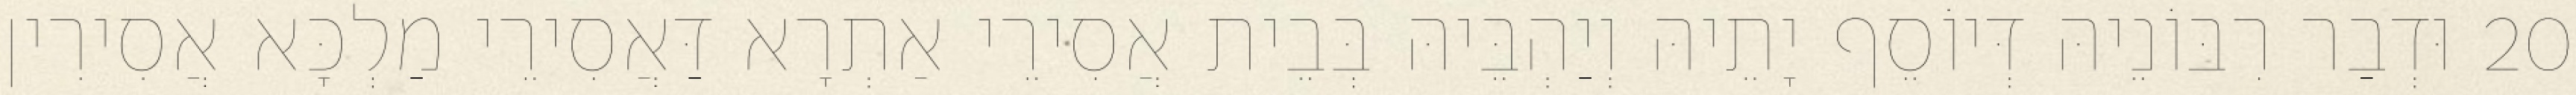
20 וּדְבַר רִבּוֹנֵיהּ דְּיוֹסֵף יָתֵיהּ וְיַהְבֵּיהּ בְּבֵית אֲסִירֵי אַתְרָא דַּאֲסִירֵי מַלְכָּא אֲסִירִין